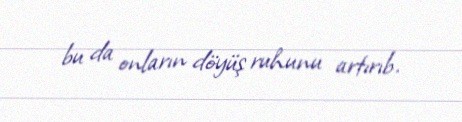
bu da onların döyüş ruhunu artırıb.